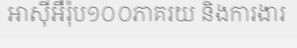
អាស៊ីអឺរ៉ុប១០០ភាគរយ និងការងារ